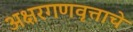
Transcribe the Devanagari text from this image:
अक्षरगणवृत्ताचे